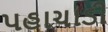
પહાચાડી